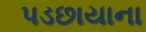
પડછાયાના